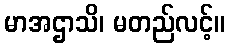
မာအဌာသိ၊ မတည်လင့်။